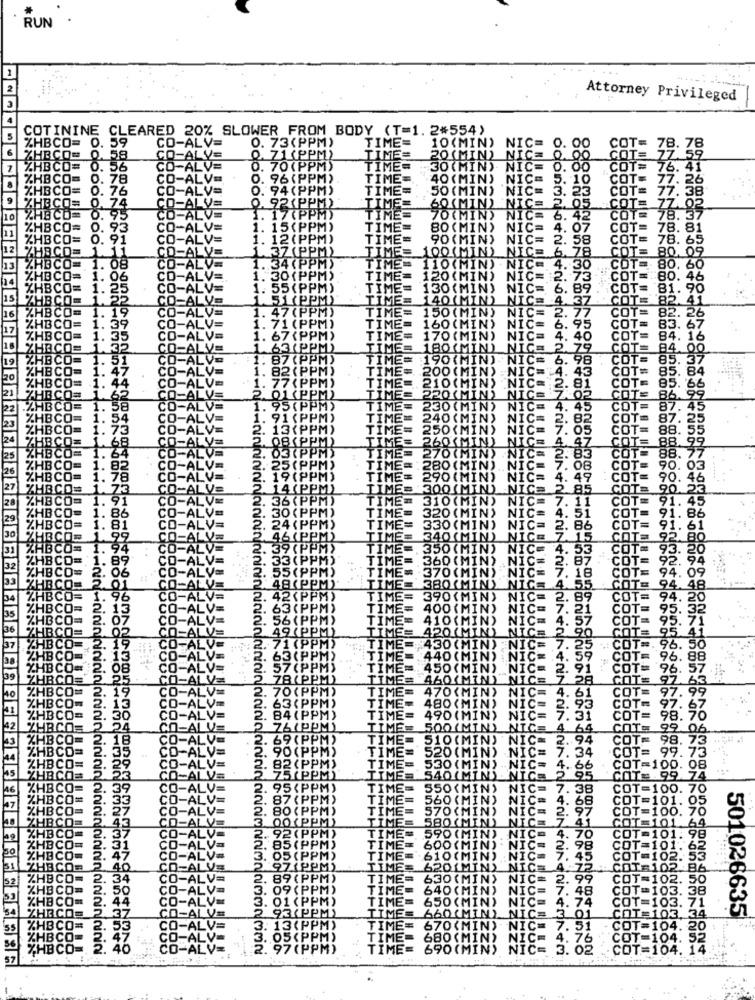
RUN
Attorney Privileged
COTININE CLEARED 20% SLOWER FROM BODY (T=1. 2%554)
ZHBCO=
CO-ALV=
0. 73(PPM)
TIME=
10(MIN) NIC=
0. 00
0. 59
COT= 78. 78
XHBCO=
0. 58
ALY
Q. 71 (PPM)
TIMES
20(MIN) NICE
COT=
59
7
. 5
0. 70(PPM)
TIME=
-30 (MIN)
NIC=
.00
.COTE
76.41
. 78
0. 96 (PPM) .
TIME=
40 (MIN)
NIC=
10
COTE
77.26
HBCO= 0. 76
4 (PPM)
TIME=
.50 (MIN)
`NIC= 3. 23
= 77.38
IBCO= 0. 74
PIPPI
TIME=
60(MIN)
BCO
NIC= 2. 05 COT
COT= 56.93
10
17(PP
TIME
70(MIN
NIC= 6. 42
BCO=
1. 15(PP)
TIME=
80 (MIN)
NIC= 4. 07
COT
78.81
]= 0.
1. 12(PP
TIME=
90 (MIN)
NIC= 2. 58
CO
78.65
TIMES
100(MI
NICE
. 78
COT=
80. 09
NICE
O (MIN)
.30
COT
80.60
20 (MIN)
co
80.
130(MIN) NIC=
89
COT=
.90
140(MIN) NIC=
NICE
NIC=
ZZZZZ
CO
150 (MIN)
14.
87
88.
7.
4.49
= 2 85
. 11
COT
4. 51
C= 2. 86
ICE 7.15
COTa
80
4. 53
COT= 93
IC=
. 87 "COT=
COT=
94.
09
7. 18
COT= 94.
.55
--- infinita
4.8
89
COTE
94
COT=
95
C=
COT= 95
NICE 2 90
GOT=
300
95.41
IC= 7. 25
.: COT =. 96. 50
40 (MI
C= 4. 59
COT= 96. 88
COT= 96. 57
28
GOT= 97. 63
97.99
C= 4. 61
97. 67
31
98.7
09
94
98
34
99
.O
99
95 (PPM)
IC=
.38
OT=100. 70
7 (PPI
01
80 (PPM)
TIM
NICE
100.
00 (PPM)
TIME
580 (MIN)
NICE
COT
101
54
CC
T=101
92 (PPM)
TIME=
590 (MIN) NICE
4. 70
: 98
85 (PPM)
TIME= 600(MIN) . NIC= 2. 98
OT=101.
(PPM)
TIME=
"610 (MIN) :
45
102.
(PPM)
TIMES
620(MIN) NIC= 4:72
630 (MIN) NIC= 2. 9
50
09 (PPM)
IME
640 (MIN)
01 (PPM
TIME
650 (MIN) NIC=
NIC= 7. 48
93 PPM
660(MIN)
.. 74
501026635
NICE 3 0
34
670 (MIN)
NIC= 7. 51
CO
20
680 (MI
IC= 4.7
CO
690 (MI)
C= 3.02
COT=1